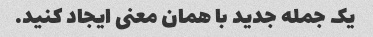
یک جمله جدید با همان معنی ایجاد کنید.